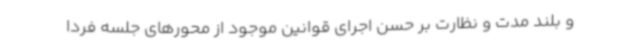
و بلند مدت و نظارت بر حسن اجرای قوانین موجود از محورهای جلسه فردا